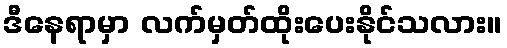
ဒီနေရာမှာ လက်မှတ်ထိုးပေးနိုင်သလား။